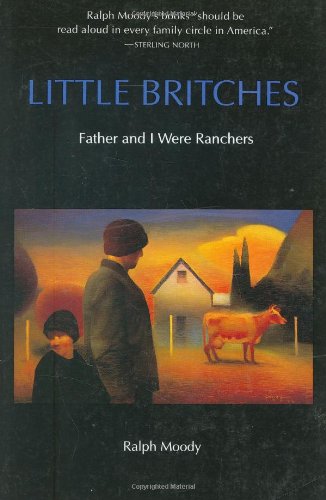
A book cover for Little Britches: Father and I Were Ranchers; Ralph Moody; Literature & Fiction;